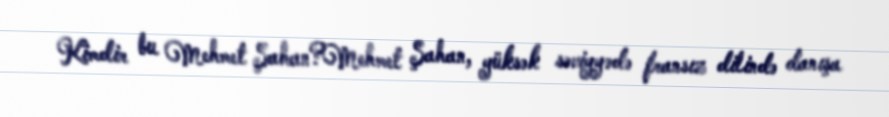
Kimdir bu Mehmet Şahan?Mehmet Şahan, yüksək səviyyədə fransız dilində danışa